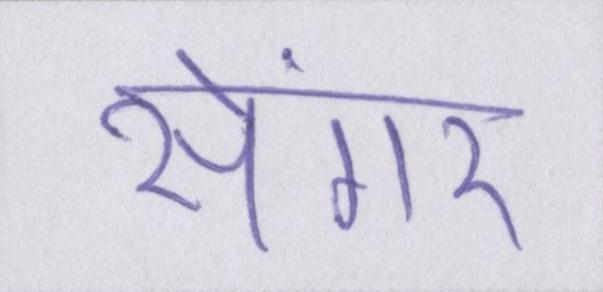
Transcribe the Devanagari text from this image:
सेंगर